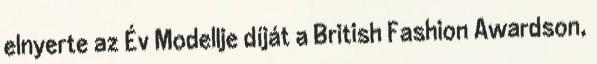
elnyerte az Év Modellje díját a British Fashion Awardson,